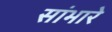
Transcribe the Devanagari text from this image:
सांभारे